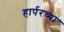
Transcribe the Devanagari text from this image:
हार्परच्या